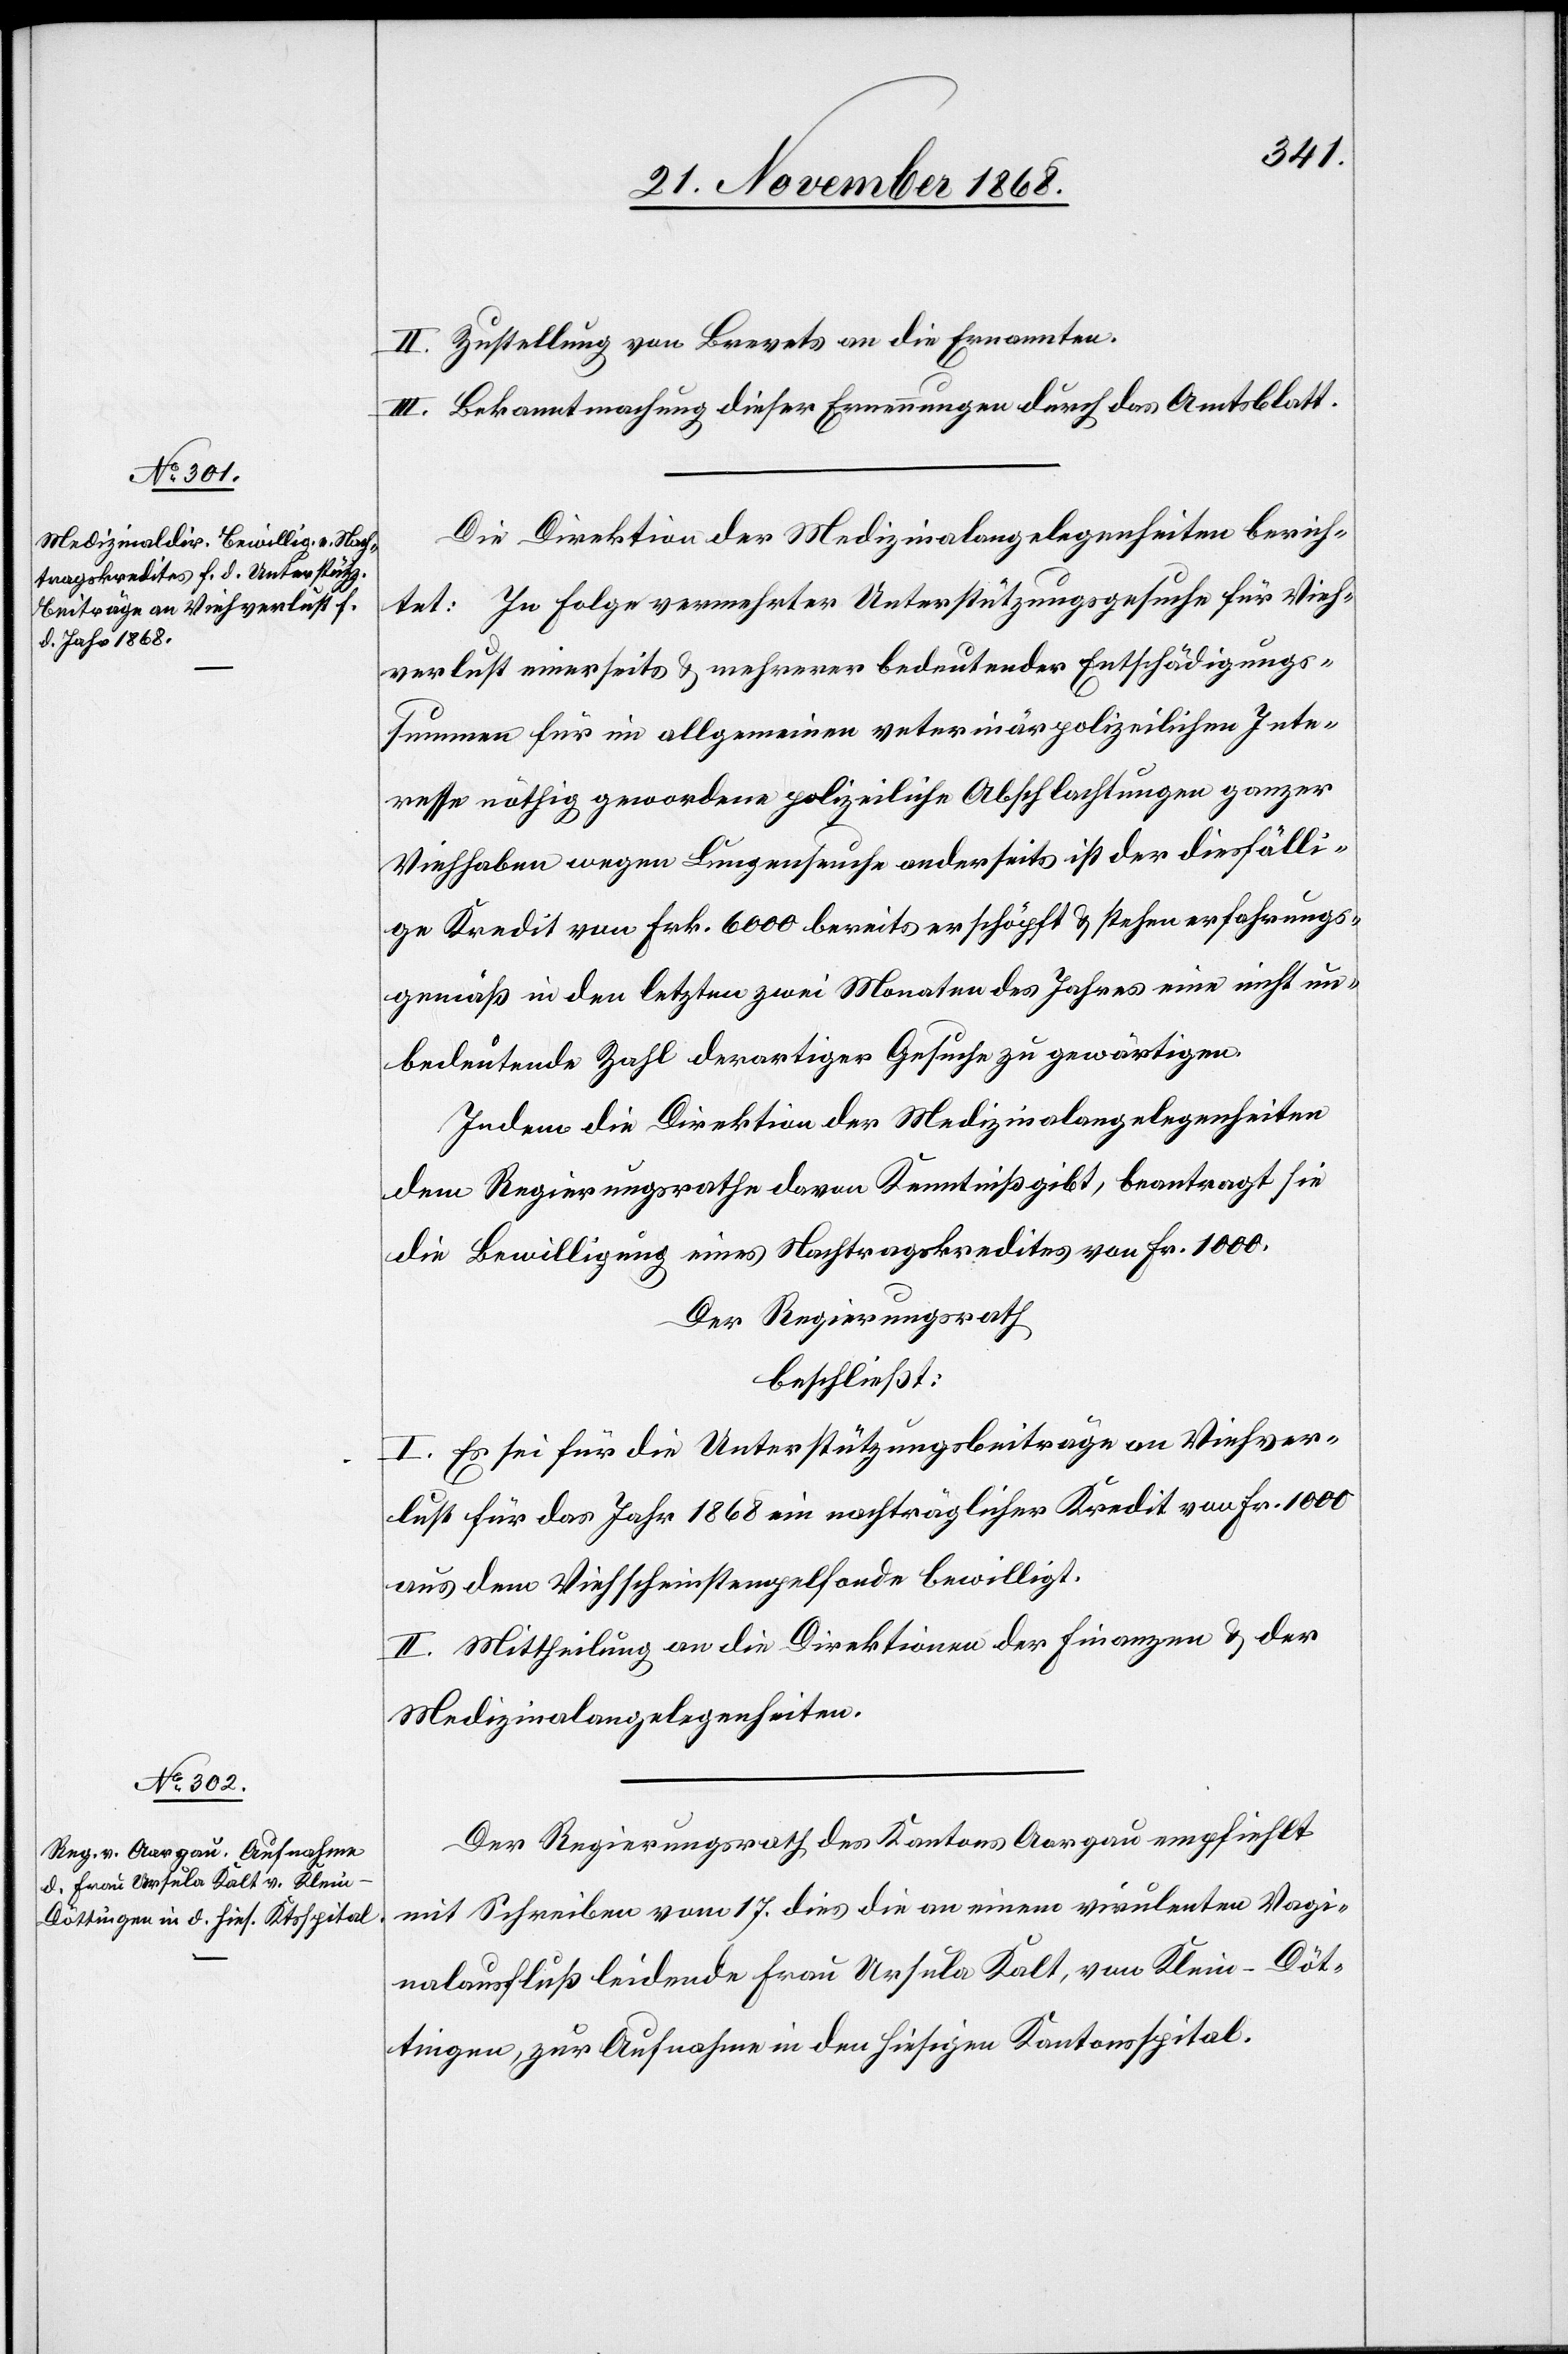
II. Zustellung von Brevets an die Ernannten.
III. Bekanntmachung dieser Ernennungen durch das Amtsblatt.
Die Direktion der Medizinalangelegenheiten berich¬
tet: In Folge vermehrter Unterstützungsgesuche für Vieh¬
verlust einerseits & mehrerer bedeutender Entschädigungs¬
summen für im allgemeinen veterinärpolizeilichen Inte¬
resse nöthig gewordene polizeiliche Abschlachtungen ganzer
Viehhaben wegen Lungenseuche anderseits ist der diesfälli¬
ge Kredit von Frk. 6000 bereits erschöpft & stehen erfahrungs¬
gemäß in den letzten zwei Monaten des Jahres eine nicht un¬
bedeutende Zahl derartiger Gesuche zu gewärtigen.
Indem die Direktion der Medizinalangelegenheiten
dem Regierungsrathe davon Kenntniß gibt, beantragt sie
die Bewilligung eines Nachtragskredites von Fr. 1000.
Der Regierungsrath
beschließt:
I. Es sei für die Unterstützungsbeiträge an Viehver¬
lust für das Jahr 1868 ein nachträglicher Kredit von Fr. 1000
aus dem Viehscheinstempelfonde bewilligt.
II. Mittheilung an die Direktionen der Finanzen & der
Medizinalangelegenheiten.
Der Regierungsrath des Kantons Aargau empfiehlt
mit Schreiben vom 17. dies die an einem virulenten Vagi¬
nalausfluß leidende Frau Ursula Kalt, von Klein-Döt¬
tingen, zur Aufnahme in den hiesigen Kantonsspital.